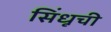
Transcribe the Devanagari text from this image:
सिंधूची